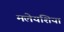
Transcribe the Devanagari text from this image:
मलेयशिया